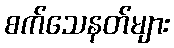
စက်သေနတ်များ